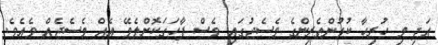
އަދި މި ހުރިހާ ކުޅުންތެރިންގެ މެސެޖުގައި ވެސް ފާހަގަކޮށްލެވޭ އެއް މެސެޖެއް ވެއެވެ.